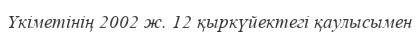
Үкіметінің 2002 ж. 12 қыркүйектегі қаулысымен